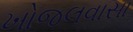
ખોજલવાસા